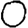
Digit: 0